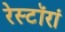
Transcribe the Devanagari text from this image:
रेस्टॉरां